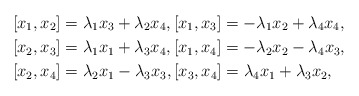
\begin{align*} [x_{1}, x_{2}]&=\lambda_{1}x_{3}+\lambda_{2}x_{4},[x_{1}, x_{3}]=-\lambda_{1}x_{2}+\lambda_{4}x_{4},\\ [x_{2}, x_{3}]&=\lambda_{1}x_{1}+\lambda_{3}x_{4} ,[x_{1}, x_{4}]=-\lambda_{2}x_{2}-\lambda_{4}x_{3},\\ [x_{2}, x_{4}]&=\lambda_{2}x_{1}-\lambda_{3}x_{3},[x_{3}, x_{4}]=\lambda_{4}x_{1}+\lambda_{3}x_{2},\end{align*}